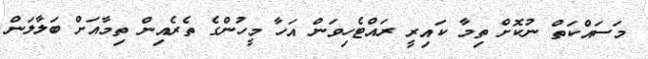
މަސައްކަތް ނުކޮށް ތިމާ ކައިރީ ރައްޓެހިވަން އަހާ މީހުންގެ ތެރެއިން ތިމާއަަށް ބަލާލަން